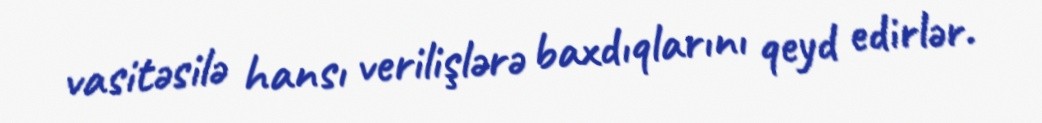
vasitəsilə hansı verilişlərə baxdıqlarını qeyd edirlər.